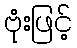
ဗုံးဖြင့်